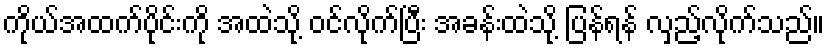
ကိုယ်အထက်ပိုင်းကို အထဲသို့ ဝင်လိုက်ပြီး အခန်းထဲသို့ ပြန်ရန် လှည့်လိုက်သည်။